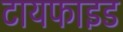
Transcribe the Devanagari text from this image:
टायफाइड